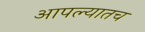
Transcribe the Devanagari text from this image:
आपल्यातच